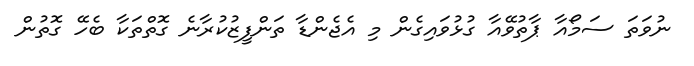
ނުވަތަ ސަމޯއާ ޕާތުވޭއާ ގުޅުވައިގެން މި އެޖެންޑާ ތަންފީޒުކުރާނެ ގޮތްތަކާ ބެހޭ ގޮތުން